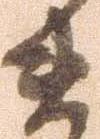
ま